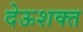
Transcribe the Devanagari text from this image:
देऊशक्त